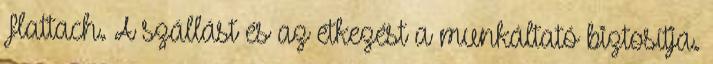
Flattach. A szállást és az étkezést a munkáltató biztosítja.